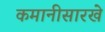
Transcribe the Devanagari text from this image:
कमानीसारखे